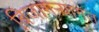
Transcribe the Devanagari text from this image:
बिजागऱ्यागत